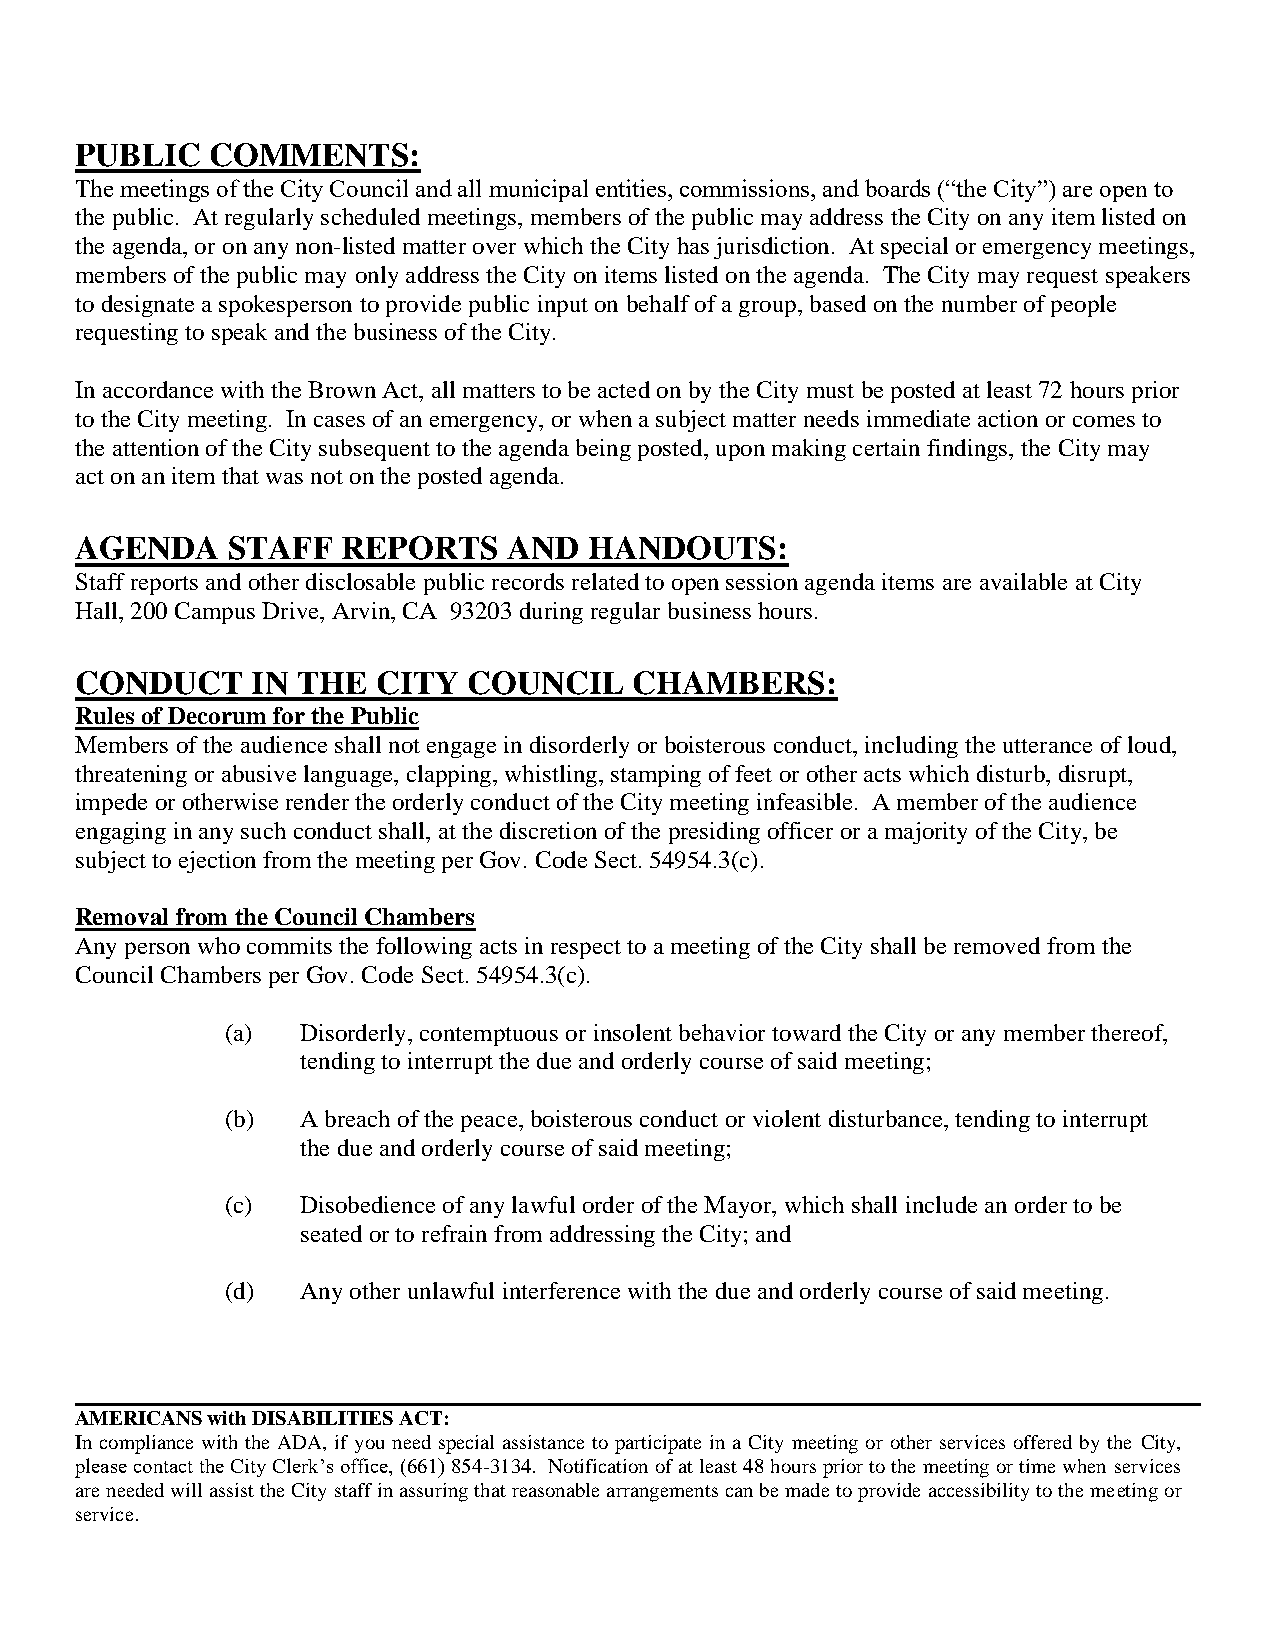
PUBLIC   COMMENTS:
 The meetings of the City Council and all municipal entities, commissions, and boards (“the City”) are open to
 the public. At regularly scheduled meetings, members of the public may address the City on any item listed on
 the agenda, or on any non-listed matter over which the City has jurisdiction. At special or emergency meetings,
 members of the public may only address the City on items listed on the agenda. The City may request speakers
 to designate a spokesperson to provide public input on behalf of a group, based on the number of people
 requesting to speak and the business of the City.
 In accordance with the Brown Act, all matters to be acted on by the City must be posted at least 72 hours prior
 to the City meeting. In cases of an emergency, or when a subject matter needs immediate action or comes to
 the attention of the City subsequent to the agenda being posted, upon making certain findings, the City may
 act on an item that was not on the posted agenda.
 AGENDA    STAFF   REPORTS    AND  HANDOUTS:
 Staff reports and other disclosable public records related to open session agenda items are available at City
 Hall, 200 Campus Drive, Arvin, CA 93203 during regular business hours.
 CONDUCT     IN THE  CITY  COUNCIL    CHAMBERS:
 Rules of Decorum for the Public
 Members of the audience shall not engage in disorderly or boisterous conduct, including the utterance of loud,
 threatening or abusive language, clapping, whistling, stamping of feet or other acts which disturb, disrupt,
 impede or otherwise render the orderly conduct of the City meeting infeasible. A member of the audience
 engaging in any such conduct shall, at the discretion of the presiding officer or a majority of the City, be
 subject to ejection from the meeting per Gov. Code Sect. 54954.3(c).
 Removal from the Council Chambers
 Any person who commits the following acts in respect to a meeting of the City shall be removed from the
 Council Chambers per Gov. Code Sect. 54954.3(c).
 (a)  Disorderly, contemptuous or insolent behavior toward the City or any member thereof,
 tending to interrupt the due and orderly course of said meeting;
 (b)  A breach of the peace, boisterous conduct or violent disturbance, tending to interrupt
 the due and orderly course of said meeting;
 (c)  Disobedience of any lawful order of the Mayor, which shall include an order to be
 seated or to refrain from addressing the City; and
 (d)  Any other unlawful interference with the due and orderly course of said meeting.
 AMERICANS with DISABILITIES ACT:
 In compliance with the ADA, if you need special assistance to participate in a City meeting or other services offered by the City,
 please contact the City Clerk’s office, (661) 854-3134. Notification of at least 48 hours prior to the meeting or time when services
 are needed will assist the City staff in assuring that reasonable arrangements can be made to provide accessibility to the meeting or
 service.